Scottish Leaving Certificate Examination, 1958
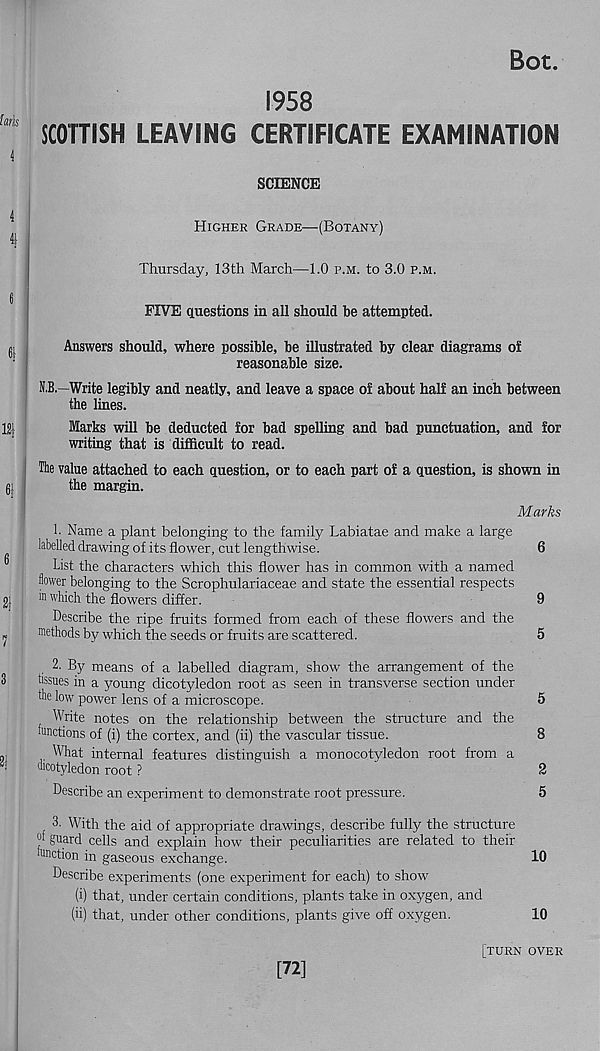
Bot.
(arts
i
1958
SCOTTISH LEAVING CERTIFICATE EXAMINATION
SCIENCE
Higher Grade—(Botany)
Thursday, 13th March—1.0 p.m. to 3.0 p.m.
FIVE questions in all should be attempted.
gi
Answers should, where possible, be illustrated by clear diagrams of
reasonable size.
N,B—Write legibly and neatly, and leave a space of about half an inch between
the lines.
12} ;
Marks will be deducted for bad spelling and bad punctuation, and for
writing that is difficult to read.
IThe value attached to each question, or to each part of a question, is shown in
the margin.
Marks
1. Name a plant belonging to the family Labiatae and make a large
| labelled drawing of its flower, cut lengthwise.
6
List the characters which this flower has in common with a named
flower belonging to the Scrophulariaceae and state the essential respects
2)
> n which the flowers differ.
9
Describe the ripe fruits formed from each of these flowers and the
^
methods by which the seeds or fruits are scattered.
5
2. By means of a labelled diagram, show the arrangement of the
3
tissues in a young dicotyledon root as seen in transverse section under
the low power lens of a microscope.
5
Write notes on the relationship between the structure and the
functions of (i) the cortex, and (ii) the vascular tissue.
8
What internal features distinguish a monocotyledon root from a
dicotyledon root ?
2
Describe an experiment to demonstrate root pressure.
5
3. With the aid of appropriate drawings, describe fully the structure
°f guard cells and explain how their peculiarities are related to their
unction in gaseous exchange.
10
Describe experiments (one experiment for each) to show'
(i) that, under certain conditions, plants take in oxygen, and
(ii) that, under other conditions, plants give off oxygen.
10
[72]
[turn over